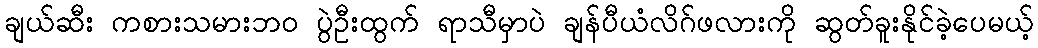
ချယ်ဆီး ကစားသမားဘဝ ပွဲဦးထွက် ရာသီမှာပဲ ချန်ပီယံလိဂ်ဖလားကို ဆွတ်ခူးနိုင်ခဲ့ပေမယ့်